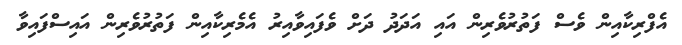
އެފްރިކާއިން ވެސް ފަތުރުވެރިން އައި އަދަދު ދަށް ވެފައިވާއިރު އެމެރިކާއިން ފަތުރުވެރިން އައިސްފައިވާ